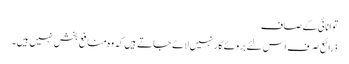
توانائی کے صاف
ذرائع صرف اس لئے بروئے کار نہیں لائے جاتے ہیں کہ وہ منافع بخش نہیں ہیں۔